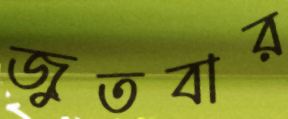
জুতবার